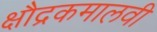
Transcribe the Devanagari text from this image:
क्षौद्रकमालवी